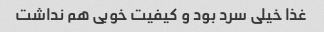
غذا خیلی سرد بود و کیفیت خوبی هم نداشت